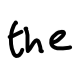
Text: the
Cross-out: clean
Writing tool: digital_black